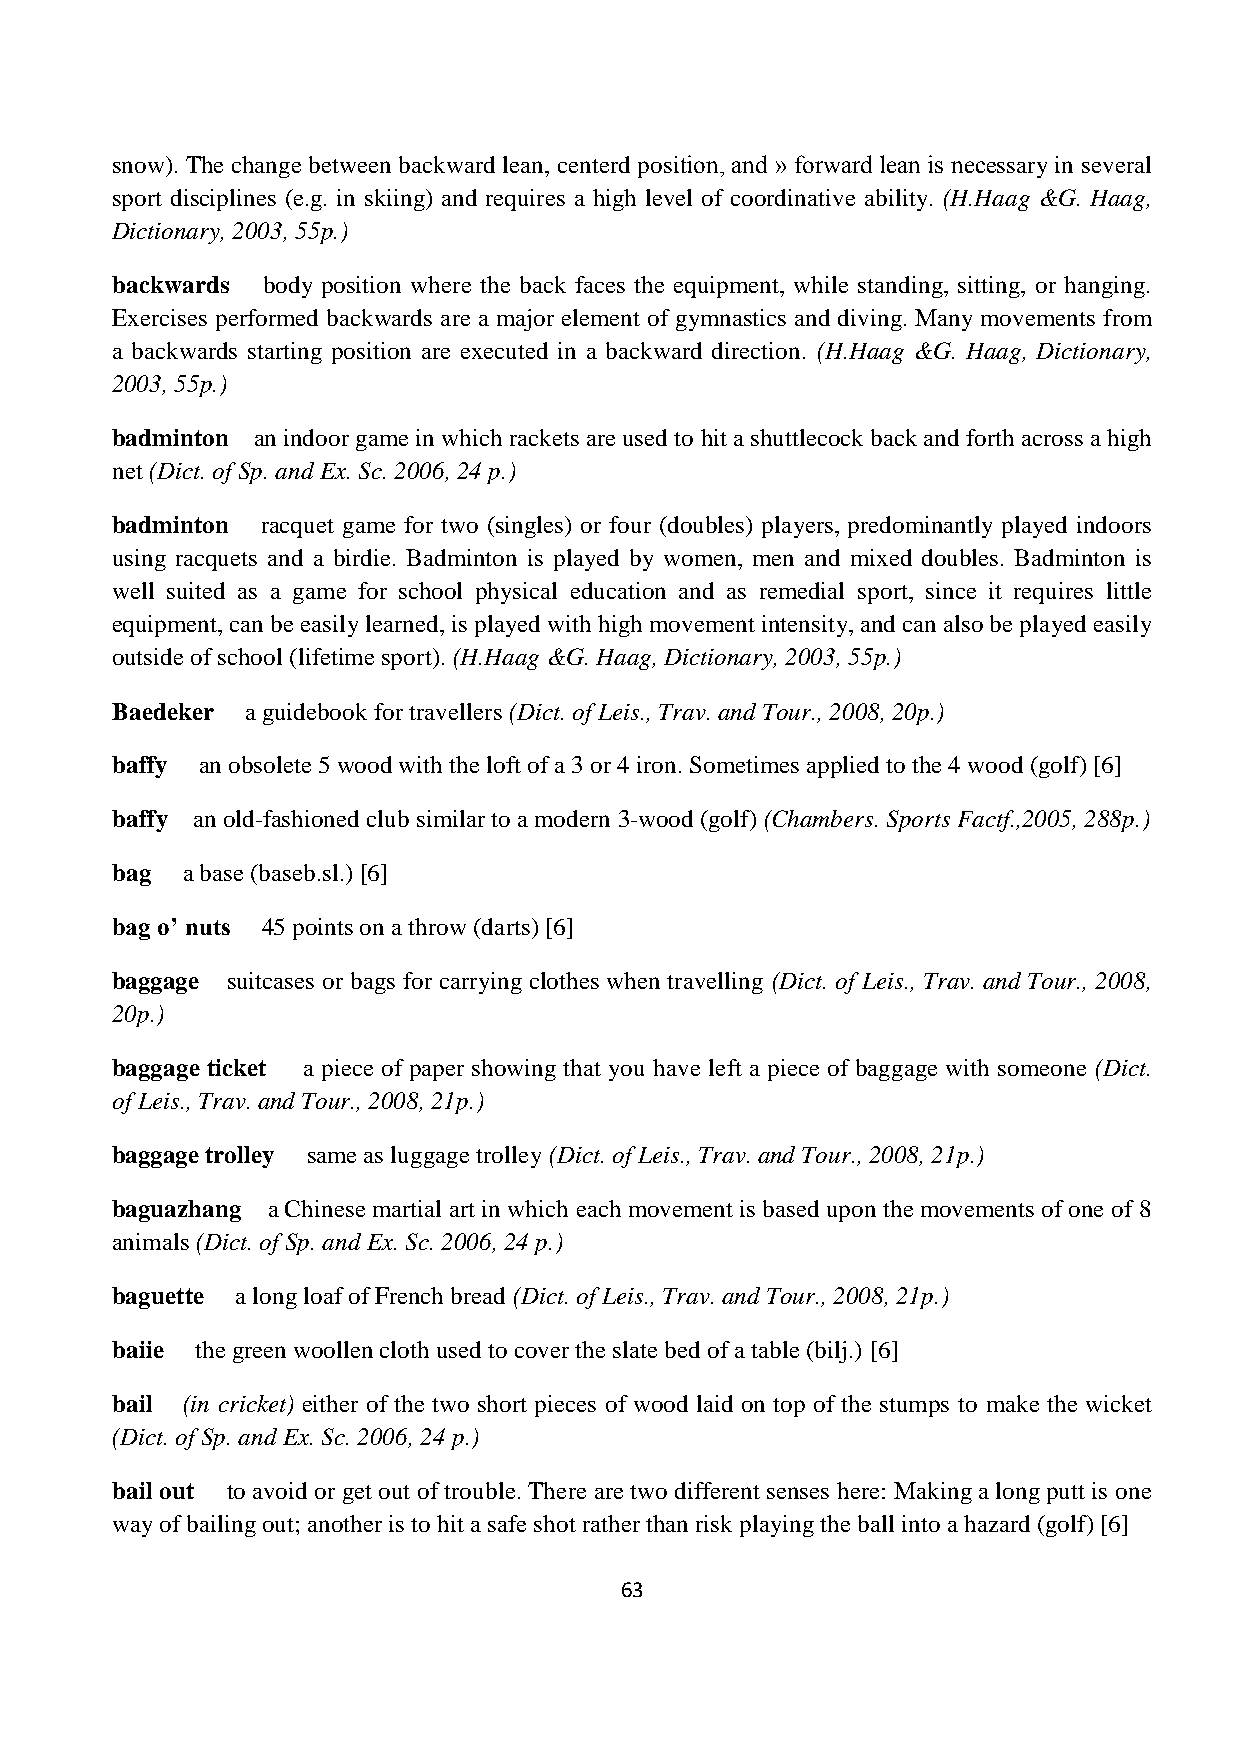
snow). The change between backward lean, centerd position, and » forward lean is necessary in several
 sport disciplines (e.g. in skiing) and requires a high level of coordinative ability. (H.Haag &G. Haag,
 Dictionary, 2003, 55p.)
 backwards body position where the back faces the equipment, while standing, sitting, or hanging.
 Exercises performed backwards are a major element of gymnastics and diving. Many movements from
 a backwards starting position are executed in a backward direction. (H.Haag &G. Haag, Dictionary,
 2003, 55p.)
 badminton an indoor game in which rackets are used to hit a shuttlecock back and forth across a high
 net (Dict. of Sp. and Ex. Sc. 2006, 24 p.)
 badminton racquet game for two (singles) or four (doubles) players, predominantly played indoors
 using racquets and a birdie. Badminton is played by women, men and mixed doubles. Badminton is
 well suited as a game for school physical education and as remedial sport, since it requires little
 equipment, can be easily learned, is played with high movement intensity, and can also be played easily
 outside of school (lifetime sport). (H.Haag &G. Haag, Dictionary, 2003, 55p.)
 Baedeker a guidebook for travellers (Dict. of Leis., Trav. and Tour., 2008, 20p.)
 baffy an obsolete 5 wood with the loft of a 3 or 4 iron. Sometimes applied to the 4 wood (golf) [6]
 baffy an old-fashioned club similar to a modern 3-wood (golf) (Chambers. Sports Factf.,2005, 288p.)
 bag  a base (baseb.sl.) [6]
 bag o’ nuts 45 points on a throw (darts) [6]
 baggage suitcases or bags for carrying clothes when travelling (Dict. of Leis., Trav. and Tour., 2008,
 20p.)
 baggage ticket a piece of paper showing that you have left a piece of baggage with someone (Dict.
 of Leis., Trav. and Tour., 2008, 21p.)
 baggage trolley same as luggage trolley (Dict. of Leis., Trav. and Tour., 2008, 21p.)
 baguazhang a Chinese martial art in which each movement is based upon the movements of one of 8
 animals (Dict. of Sp. and Ex. Sc. 2006, 24 p.)
 baguette a long loaf of French bread (Dict. of Leis., Trav. and Tour., 2008, 21p.)
 baiie the green woollen cloth used to cover the slate bed of a table (bilj.) [6]
 bail (in cricket) either of the two short pieces of wood laid on top of the stumps to make the wicket
 (Dict. of Sp. and Ex. Sc. 2006, 24 p.)
 bail out to avoid or get out of trouble. There are two different senses here: Making a long putt is one
 way of bailing out; another is to hit a safe shot rather than risk playing the ball into a hazard (golf) [6]
 63